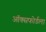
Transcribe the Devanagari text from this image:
ऑक्सफोर्डला